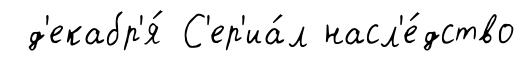
д'екабр'я́ С'ер'иа́л насл'е́дство